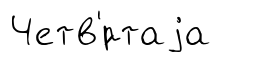
Четв'́ртаjа